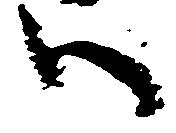
ハ